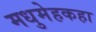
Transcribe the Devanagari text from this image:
मधुमेहकहा